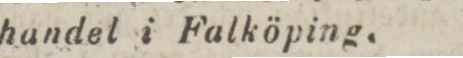
handel i Falköping.